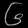
Digit: ၆